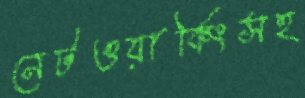
নেটওয়ার্কিংসহ